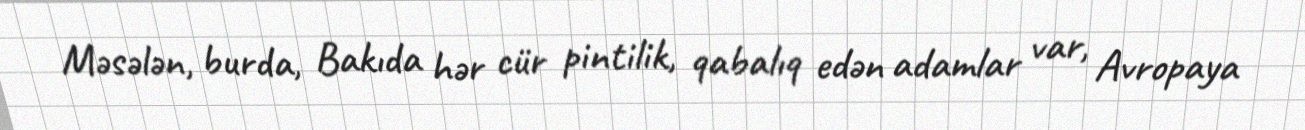
Məsələn, burda, Bakıda hər cür pintilik, qabalıq edən adamlar var, Avropaya